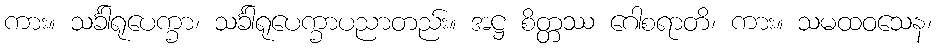
ကား။ သင်္ခါရုပေက္ခာ၊ သင်္ခါရုပေက္ခာပညာတည်း။ အဋ္ဌ စိတ္တဿ ဂေါစရာတိ၊ ကား။ သမထဝသေန၊